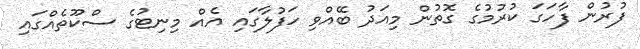
ފުރުން ފާހަގަ ކުރުމުގެ ގޮތުން މިއަދު ބޭއްވި ހަފުލާގައި އެއް މިނިޓުގެ ސްކޫތެއްގައި